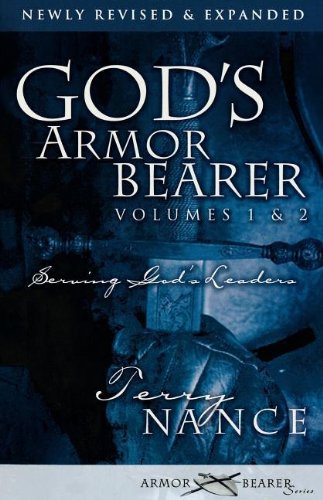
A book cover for God's Armor Bearer Volumes 1 & 2: Serving God's Leaders; Terry Nance; Christian Books & Bibles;